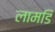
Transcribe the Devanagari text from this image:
लामडिं